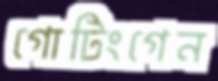
গোটিংগেন